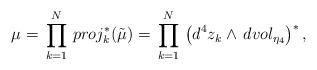
LaTeX: \begin{align*}\mu=\,\prod^N_{k=1}\,proj^*_k(\tilde{\mu})=\,\prod^N_{k=1}\,\left(d^4z_k\wedge \,dvol_{\eta_4}\right)^*,\end{align*}